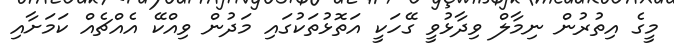
މީގެ އިތުރުން ނިމާލް ވިދާޅުވީ ގޭހަކީ އަތޮޅުތަކުގައި މަދުން ވިއްކޭ އެއްޗެއް ކަމަށާއި